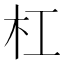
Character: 杠